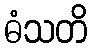
ဓံသတိ